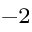
^ { - 2 }